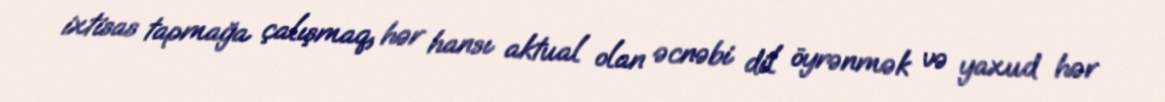
ixtisas tapmağa çalışmaq, hər hansı aktual olan əcnəbi dil öyrənmək və yaxud hər